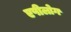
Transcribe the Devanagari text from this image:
एपीलोग